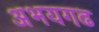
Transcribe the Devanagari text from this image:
अभयगढ